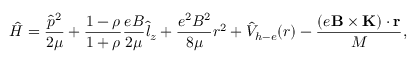
\hat { H } = \frac { { \hat { p } } ^ { 2 } } { 2 \mu } + \frac { 1 - \rho } { 1 + \rho } \frac { e B } { 2 \mu } { \hat { l } } _ { z } + \frac { e ^ { 2 } B ^ { 2 } } { 8 \mu } r ^ { 2 } + { \hat { V } } _ { h - e } ( r ) - \frac { \left( e \mathbf { B } \times \mathbf { K } \right) \cdot \mathbf { r } } { M } ,